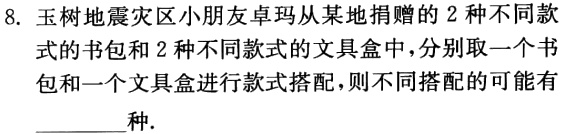
8. 玉树地震灾区小朋友卓玛从某地捐赠的 2 种不同款式的书包和 2 种不同款式的文具盒中，分别取一个书包和一个文具盒进行款式搭配，则不同搭配的可能有________种.